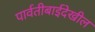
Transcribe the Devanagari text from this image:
पार्वतीबाईदेखील